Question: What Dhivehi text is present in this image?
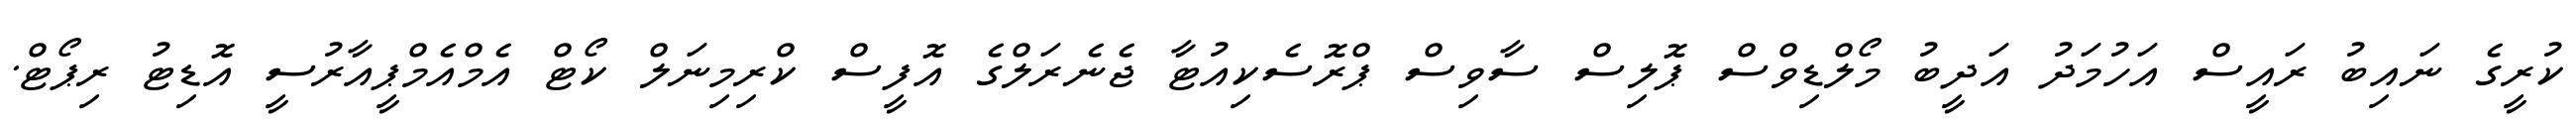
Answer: ކުރީގެ ނައިބު ރައީސް އަހުމަދު އަދީބު މޯލްޑިވްސް ޕޮލިސް ސާވިސް ޕްރޮސެކިއުޓާ ޖެނެރަލްގެ އޮފީސް ކްރިމިނަލް ކޯޓް އެމްއެމްޕީއާރުސީ އޮޑިޓު ރިޕޯޓް.